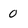
Character: 0